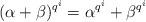
LaTeX: \begin{align*}(\alpha+\beta)^{q^i}=\alpha^{q^i}+\beta^{q^i}\end{align*}